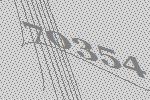
70354